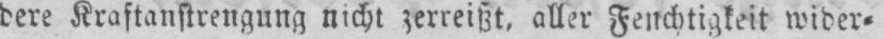
dere Kraftanstrengung nicht zerreißt, aller Feuchtigkeit wider⸗